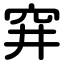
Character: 穽